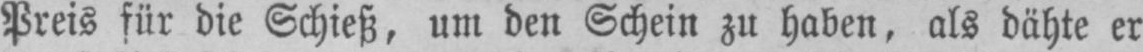
Preis für die Schieß, um den Schein zu haben, als dähte er